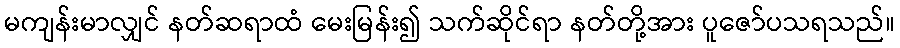
မကျန်းမာလျှင် နတ်ဆရာထံ မေးမြန်း၍ သက်ဆိုင်ရာ နတ်တို့အား ပူဇော်ပသရသည်။